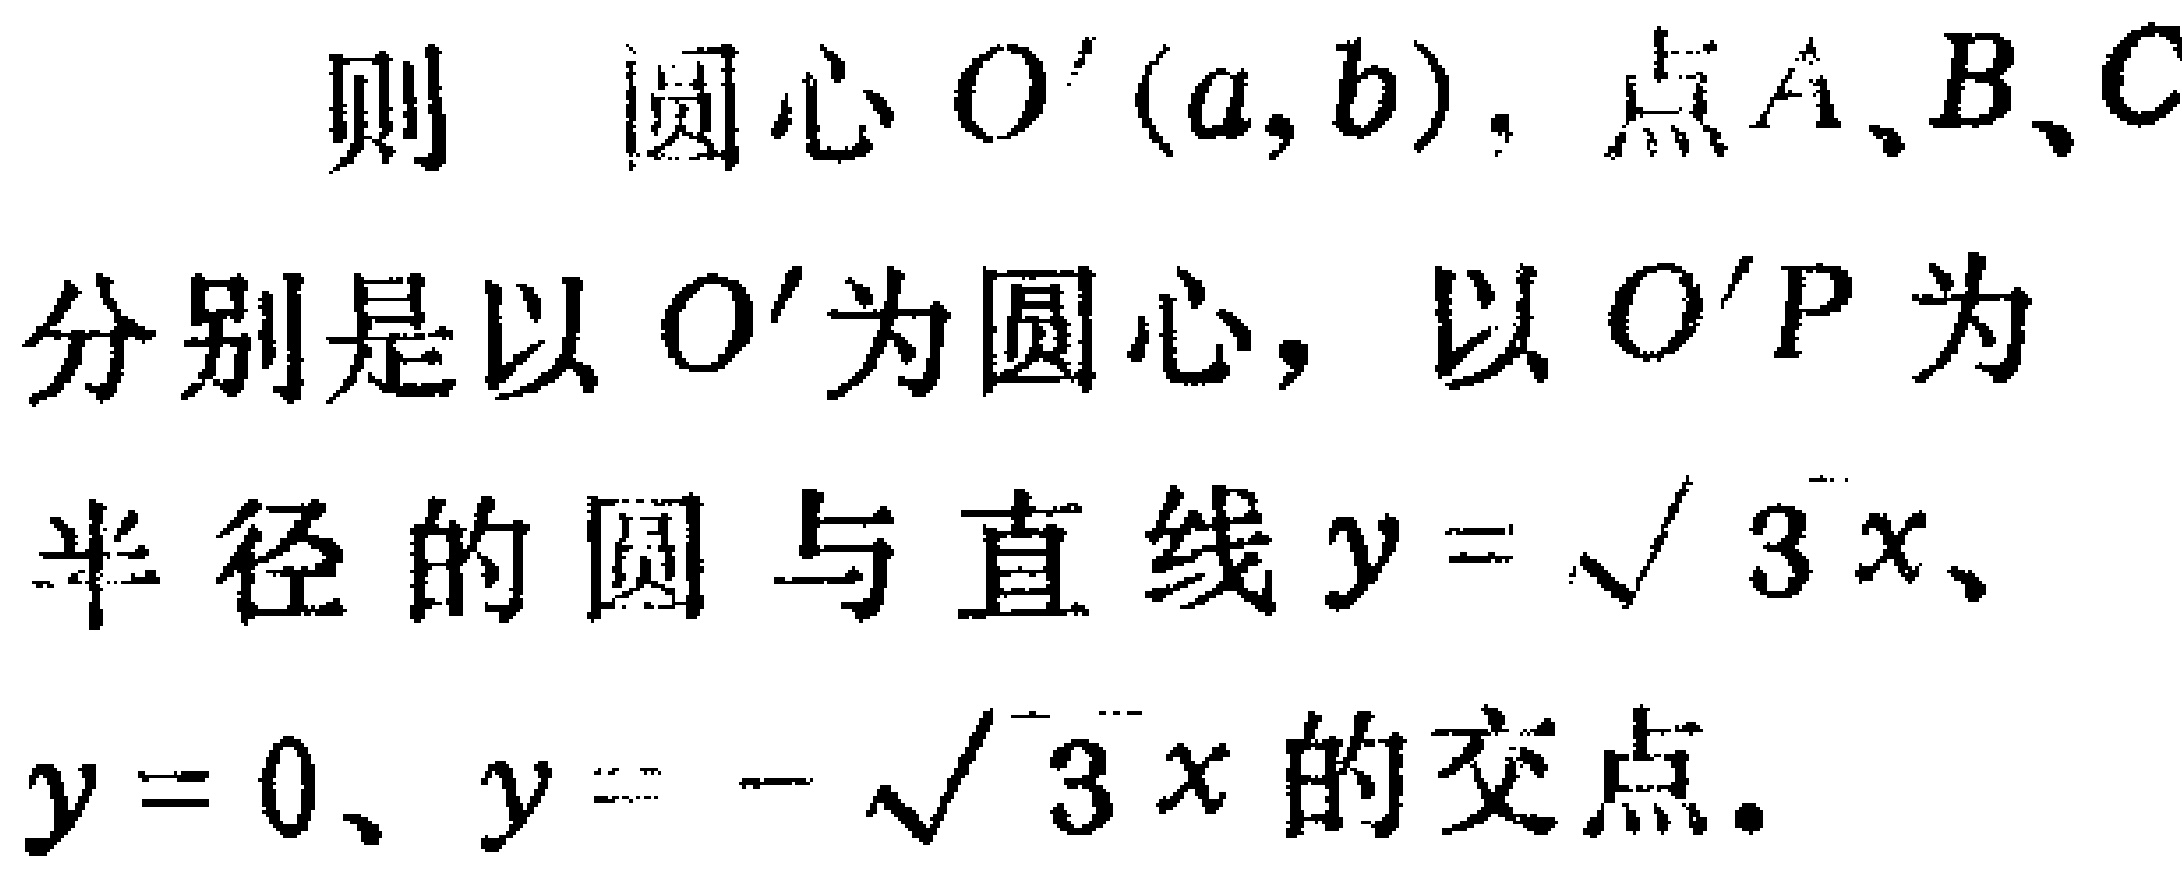
则 圆心 \(O'(a,b)\)，点 \(A,B,C\) 分别是以 \(O'\) 为圆心，以 \(O'P\) 为半径的圆与直线 \(y = \sqrt{3}x\)、\(y = 0\)、\(y = -\sqrt{3}x\) 的交点。